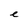
Character: e